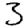
Digit: 3